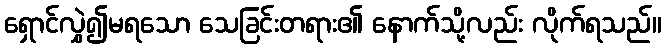
ရှောင်လွှဲ၍မရသော သေခြင်းတရား၏ နောက်သို့လည်း လိုက်ရသည်။